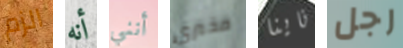
الزم أنه أنني مخبري ناينا رجل